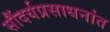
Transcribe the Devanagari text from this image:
सौंदर्यप्रसाधनांत